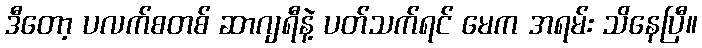
ဒီတော့ ပလက်စတစ် ဆာဂျရီနဲ့ ပတ်သက်ရင် မေက အရမ်း သိနေပြီ။